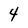
Character: 4